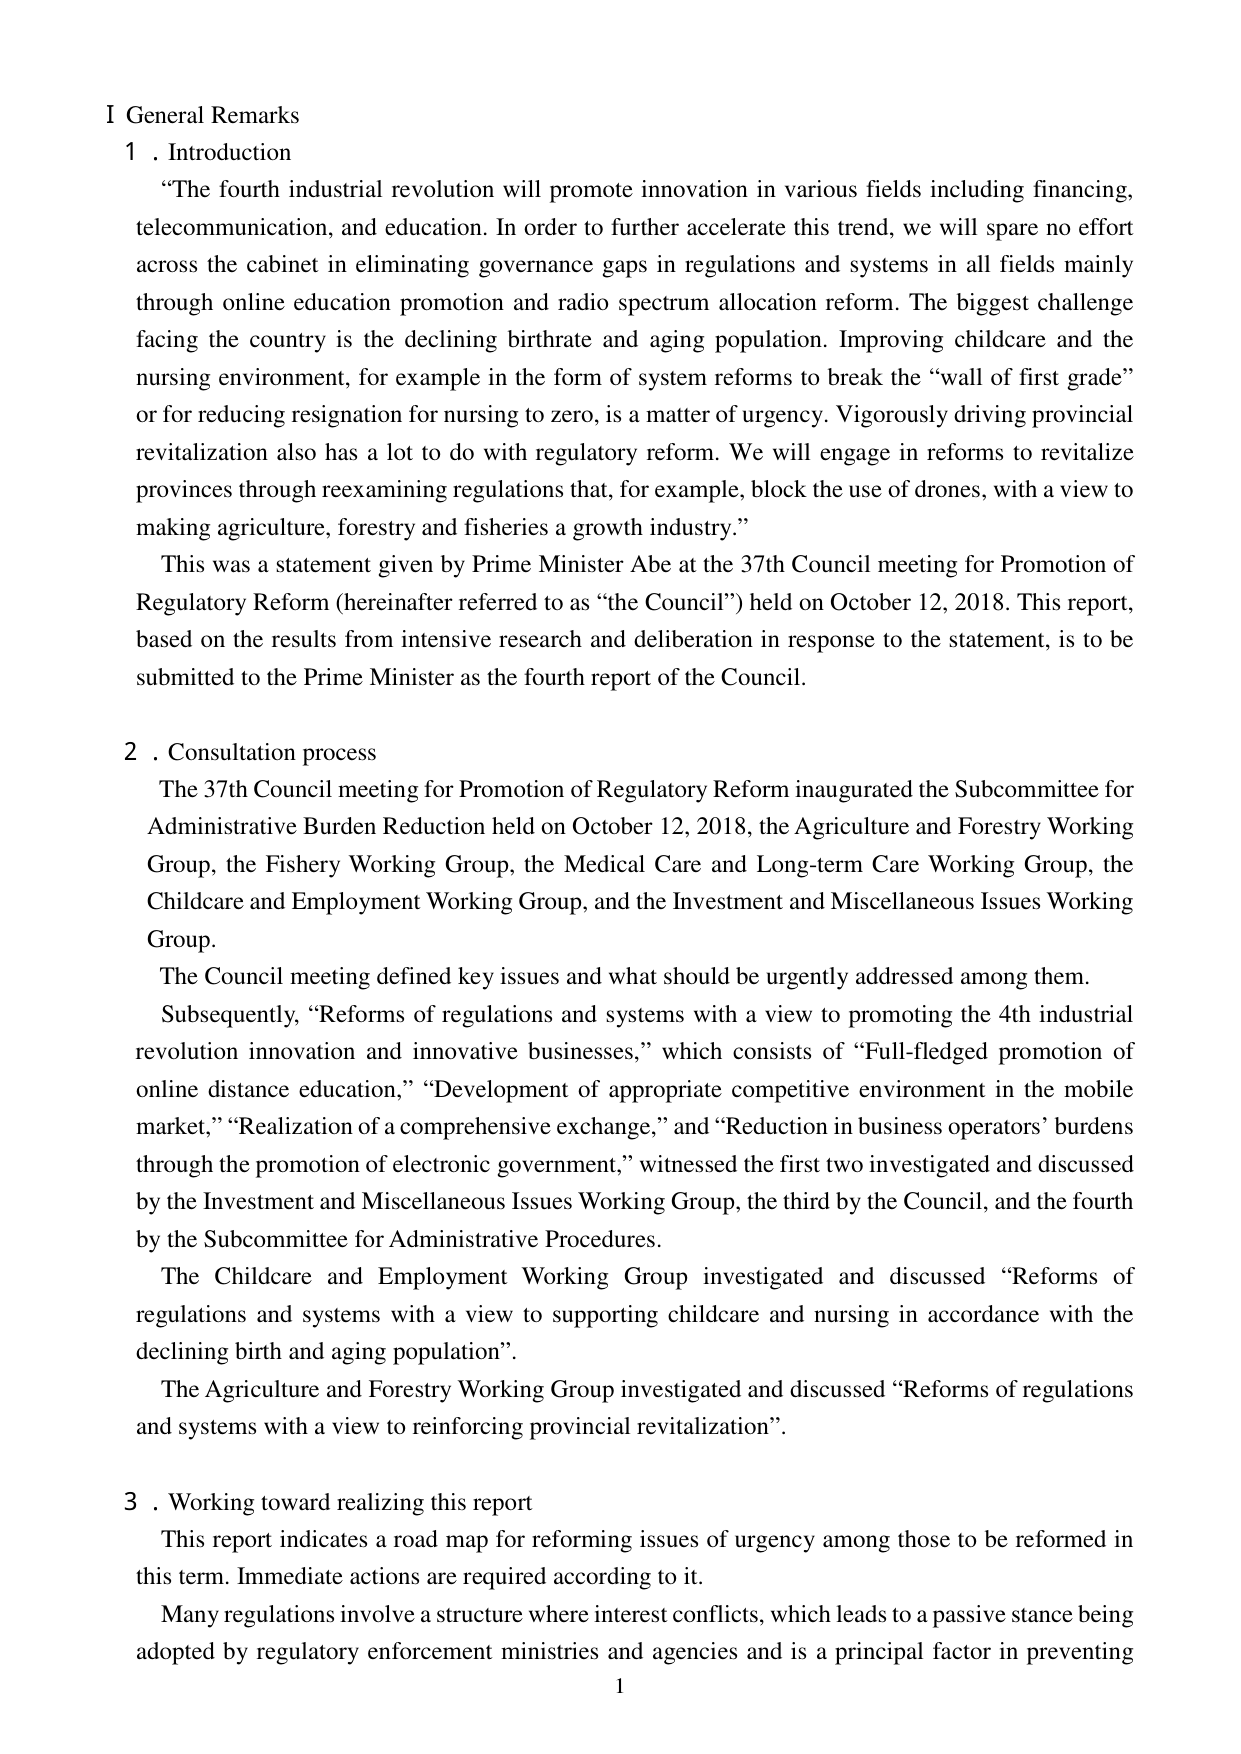
I General Remarks
1. Introduction
“The fourth industrial revolution will promote innovation in various fields including financing, telecommunication, and education. In order to further accelerate this trend, we will spare no effort across the cabinet in eliminating governance gaps in regulations and systems in all fields mainly through online education promotion and radio spectrum allocation reform. The biggest challenge facing the country is the declining birthrate and aging population. Improving childcare and the nursing environment, for example in the form of system reforms to break the “wall of first grade” or for reducing resignation for nursing to zero, is a matter of urgency. Vigorously driving provincial revitalization also has a lot to do with regulatory reform. We will engage in reforms to revitalize provinces through reexamining regulations that, for example, block the use of drones, with a view to making agriculture, forestry and fisheries a growth industry.”
This was a statement given by Prime Minister Abe at the 37th Council meeting for Promotion of Regulatory Reform (hereinafter referred to as “the Council”) held on October 12, 2018. This report, based on the results from intensive research and deliberation in response to the statement, is to be submitted to the Prime Minister as the fourth report of the Council.
2. Consultation process
The 37th Council meeting for Promotion of Regulatory Reform inaugurated the Subcommittee for Administrative Burden Reduction held on October 12, 2018, the Agriculture and Forestry Working Group, the Fishery Working Group, the Medical Care and Long-term Care Working Group, the Childcare and Employment Working Group, and the Investment and Miscellaneous Issues Working Group.
The Council meeting defined key issues and what should be urgently addressed among them.
Subsequently, “Reforms of regulations and systems with a view to promoting the 4th industrial revolution innovation and innovative businesses,” which consists of “Full-fledged promotion of online distance education,” “Development of appropriate competitive environment in the mobile market,” “Realization of a comprehensive exchange,” and “Reduction in business operators’ burdens through the promotion of electronic government,” witnessed the first two investigated and discussed by the Investment and Miscellaneous Issues Working Group, the third by the Council, and the fourth by the Subcommittee for Administrative Procedures.
The Childcare and Employment Working Group investigated and discussed “Reforms of regulations and systems with a view to supporting childcare and nursing in accordance with the declining birth and aging population”.
The Agriculture and Forestry Working Group investigated and discussed “Reforms of regulations and systems with a view to reinforcing provincial revitalization”.
3. Working toward realizing this report
This report indicates a road map for reforming issues of urgency among those to be reformed in this term. Immediate actions are required according to it.
Many regulations involve a structure where interest conflicts, which leads to a passive stance being adopted by regulatory enforcement ministries and agencies and is a principal factor in preventing
1